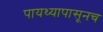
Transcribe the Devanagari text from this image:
पायथ्यापासूनच